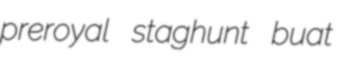
preroyal staghunt buat